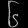
Digit: ၆